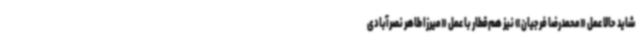
شاید حالا عمل «محمدرضا فرجیان» نیز هم‌قطار با عمل «میرزا طاهر نصرآبادی